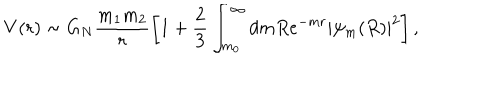
LaTeX: V ( r ) \sim G _ { N } \frac { m _ { 1 } m _ { 2 } } { r } \left[ 1 + \frac { 2 } { 3 } \int _ { m _ { 0 } } ^ { \infty } d m R e ^ { - m r } | \psi _ { m } ( R ) | ^ { 2 } \right] ,